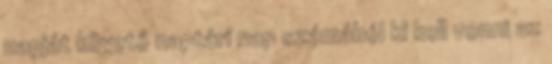
napját követő naptári nap számából ki kell vonni az